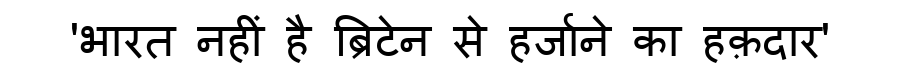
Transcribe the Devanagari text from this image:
'भारत नहीं है ब्रिटेन से हर्जाने का हक़दार'